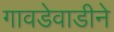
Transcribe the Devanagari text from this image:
गावडेवाडीने